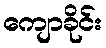
ကျောခိုင်း